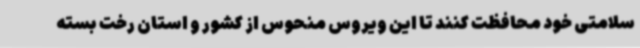
سلامتی خود محافظت کنند تا این ویروس منحوس از کشور و استان رخت بسته